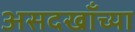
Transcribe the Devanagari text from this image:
असदखाँच्या